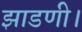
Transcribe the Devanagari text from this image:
झाडणी।